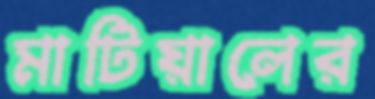
মাটিয়ালের